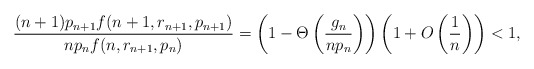
\begin{align*}\frac{(n+1)p_{n+1} f(n+1,r_{n+1},p_{n+1})}{n p_{n} f(n,r_{n+1},p_{n})} = \left(1-\Theta\left(\frac{g_n}{np_n}\right)\right) \left(1+O \left( \frac 1n \right)\right) < 1,\end{align*}